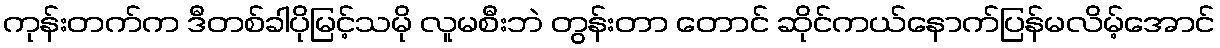
ကုန်းတက်က ဒီတစ်ခါပိုမြင့်သမို လူမစီးဘဲ တွန်းတာ တောင် ဆိုင်ကယ်နောက်ပြန်မလိမ့်အောင်